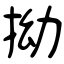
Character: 拗